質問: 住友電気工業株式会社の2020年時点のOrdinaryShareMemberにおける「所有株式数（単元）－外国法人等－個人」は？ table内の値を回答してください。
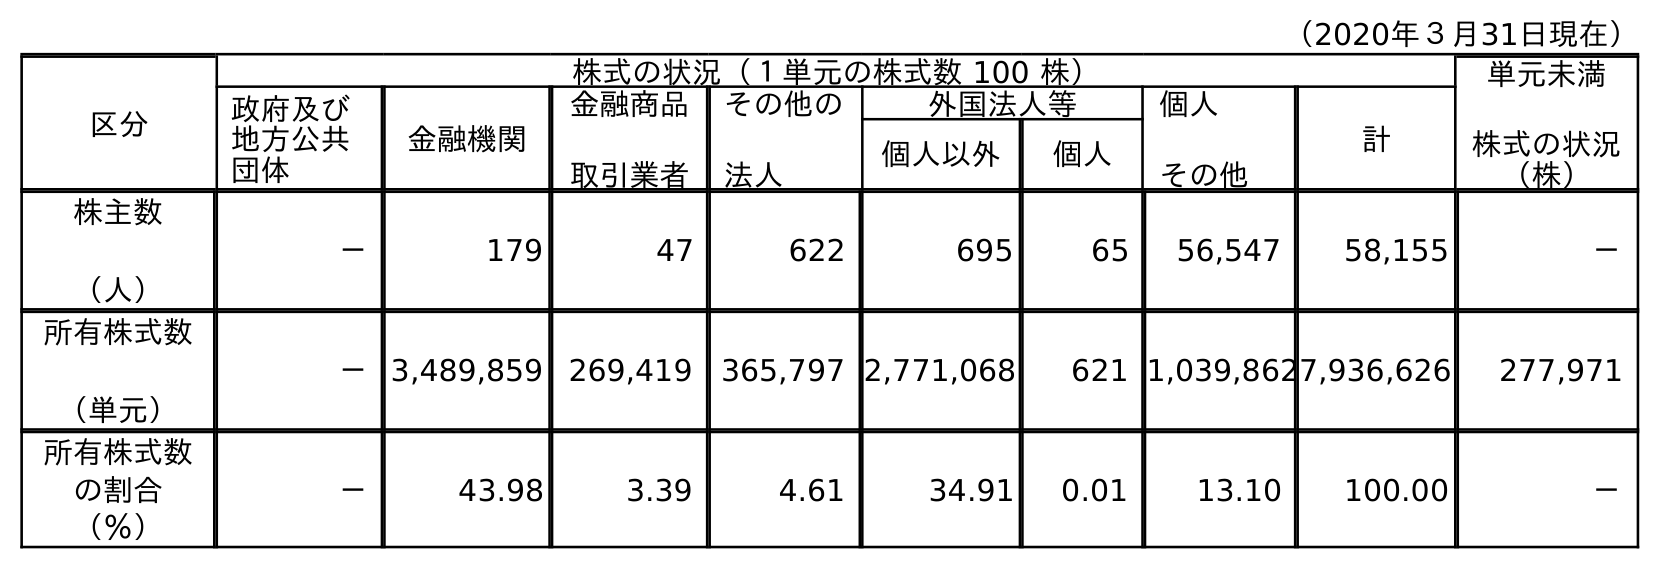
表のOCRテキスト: （2020年３月31日現在） 区分 株式の状況（１単元の株式数 100 株） 単元未満 株式の状況 （株） 政府及び 地方公共 団体 金融機関 金融商品 取引業者 その他の 法人 外国法人等 個人 その他 計 個人以外 個人 株主数 （人） － 179 47 622 695 65 56,547 58,155 － 所有株式数 （単元） －3,489,859 269,419 365,797 2,771,068 621 1,039,8627,936,626 277,971 所有株式数 の割合 （％） － 43.98 3.39 4.61 34.91 0.01 13.10 100.00 －
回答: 621